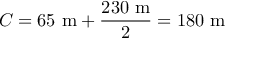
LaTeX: C = 6 5 ~ { \mathrm { m } } + { \frac { 2 3 0 ~ { \mathrm { m } } } { 2 } } = 1 8 0 ~ { \mathrm { m } }